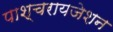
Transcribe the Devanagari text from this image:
पाश्‍चरायजेशन